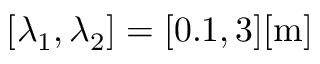
[ \lambda _ { 1 } , \lambda _ { 2 } ] = [ 0 . 1 , 3 ] [ \mathrm { { m } ] }